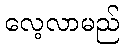
လေ့လာမည်